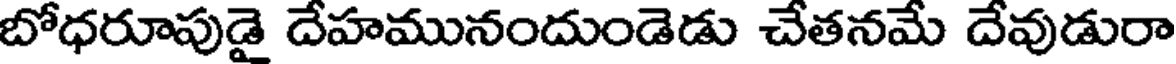
బోధరూపుడై దేహమునందుండెడు చేతనమే దేవుడురా